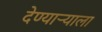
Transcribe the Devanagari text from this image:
देण्यार्‍याला